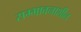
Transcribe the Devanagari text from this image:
सम्भावनाशील